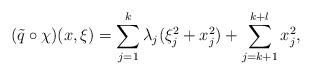
LaTeX: \begin{align*}(\tilde{q} \circ \chi)(x,\xi)=\sum_{j=1}^{k}{\lambda_j(\xi_j^2+x_j^2)}+\sum_{j=k+1}^{k+l}{x_j^2}, \end{align*}